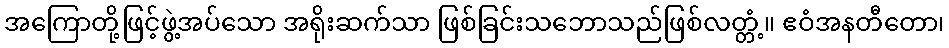
အကြောတို့ဖြင့်ဖွဲ့အပ်သော အရိုးဆက်သာ ဖြစ်ခြင်းသဘောသည်ဖြစ်လတ္တံ့။ ဧဝံအနတီတော၊